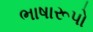
ભાષારૂપો